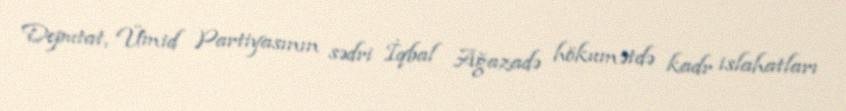
Deputat, Ümid Partiyasının sədri İqbal Ağazadə hökumətdə kadr islahatları